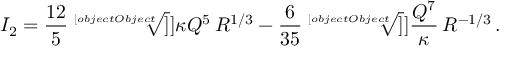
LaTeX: I _ { 2 } = \frac { 1 2 } { 5 } \sqrt [ [object Object] ] ] { \kappa Q ^ { 5 } } \, R ^ { 1 / 3 } - \frac { 6 } { 3 5 } \sqrt [ [object Object] ] ] { \frac { Q ^ { 7 } } { \kappa } } \, R ^ { - 1 / 3 } \, .